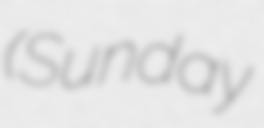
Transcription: (Sunday